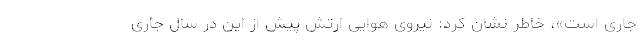
جاری است»، خاطر نشان کرد: نیروی هوایی ارتش پیش از این در سال جاری